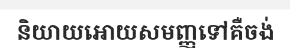
និយាយអោយសមញ្ញទៅគឺចង់